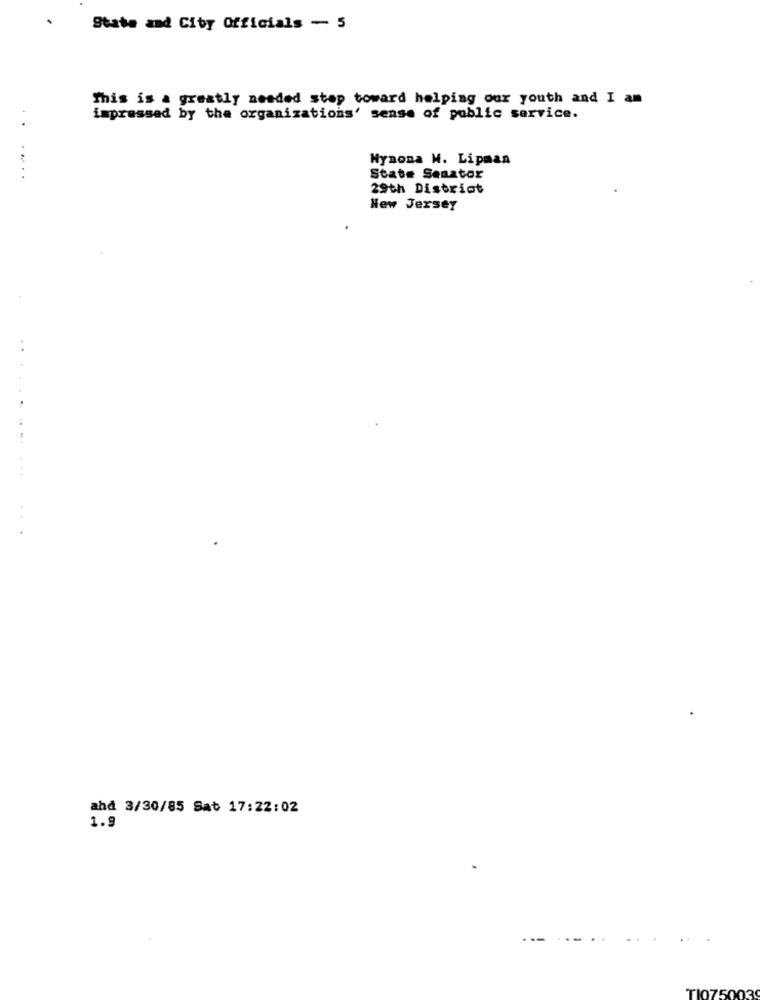
.
State and City Officials - 5
This is a greatly needed step toward helping our youth and I am
impressed by the organizations' sense of public service.
..
Wynona W. Lipman
....
State Senator
29th District
New Jersey
..
and 3/30/85 Sat 17:22:02
1.9
--
TI